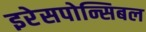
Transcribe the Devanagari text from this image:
इरेसपोन्सिबल